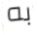
به